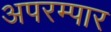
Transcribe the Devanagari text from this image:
अपरम्पार